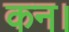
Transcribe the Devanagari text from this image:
कन।